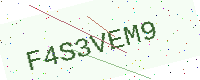
Text: F4S3VEM9